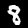
Label: 8